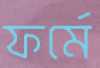
ফর্মে